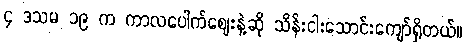
၄ ဒသမ ၁၉ က ကာလပေါက်ဈေးနဲ့ဆို သိန်းငါးသောင်းကျော်ရှိတယ်။